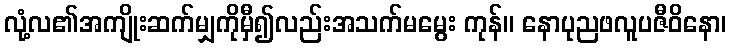
လုံ့လ၏အကျိုးဆက်မျှကိုမှီ၍လည်းအသက်မမွေး ကုန်။ နောပုညဖလူပဇီဝိနော၊